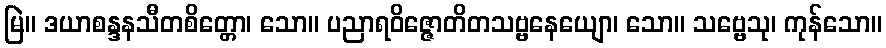
မြဲ။ ဒယာစန္ဒနသီတစိတ္တော၊ သော။ ပညာရဝိဇ္ဇောတိတသဗ္ဗနေယျော၊ သော။ သဗ္ဗေသု၊ ကုန်သော။